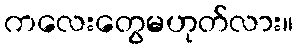
ကလေးတွေမဟုတ်လား။